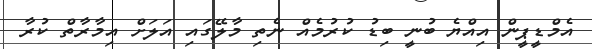
އެމްޑީޕީން އިއްޔެ ބުނީ ބިޑު ކުރުމެއް ނެތި މާލޭގައި އަލަށް އިމާރާތް ކުރާ